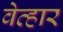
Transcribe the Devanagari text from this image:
वेव्हार